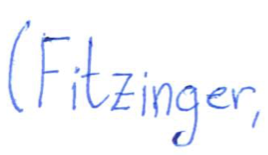
Text: (Fitzinger,
Cross-out: clean
Writing tool: ballpoint